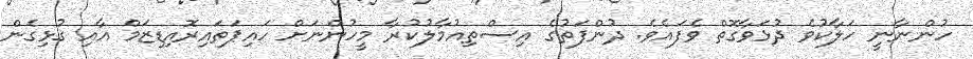
ހުންނާނީ ހަލާކުވެ ދުޅަވާގޮތް ވެފައެވެ. ދުންފަތުގެ އިސްތިއުމާލުކުރާ މީހުންނަށް ހައިޕަތައިރޮއިޑިޒަމް އާއި ގުޅިގެން